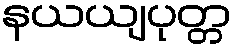
နယယျပုတ္တ